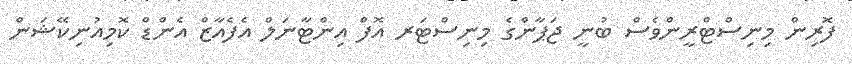
ފޮރިން މިނިސްޓްރީންވެސް ބުނީ ޖަޕާންގެ މިނިސްޓަރ އޮފް އިންޓާނަލް އެފެއާޒް އެންޑް ކޮމިއުނިކޭޝަން